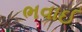
ભવાઈ